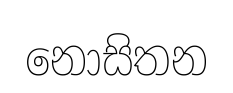
නොසිතන